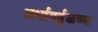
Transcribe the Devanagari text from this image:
अर्धावर्तुळच्या